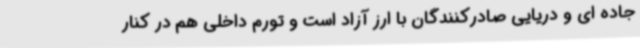
جاده ای و دریایی صادرکنندگان با ارز آزاد است و تورم داخلی هم در کنار